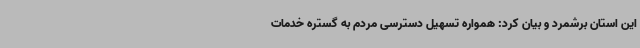
این استان برشمرد و بیان کرد: همواره تسهیل دسترسی مردم به گستره خدمات